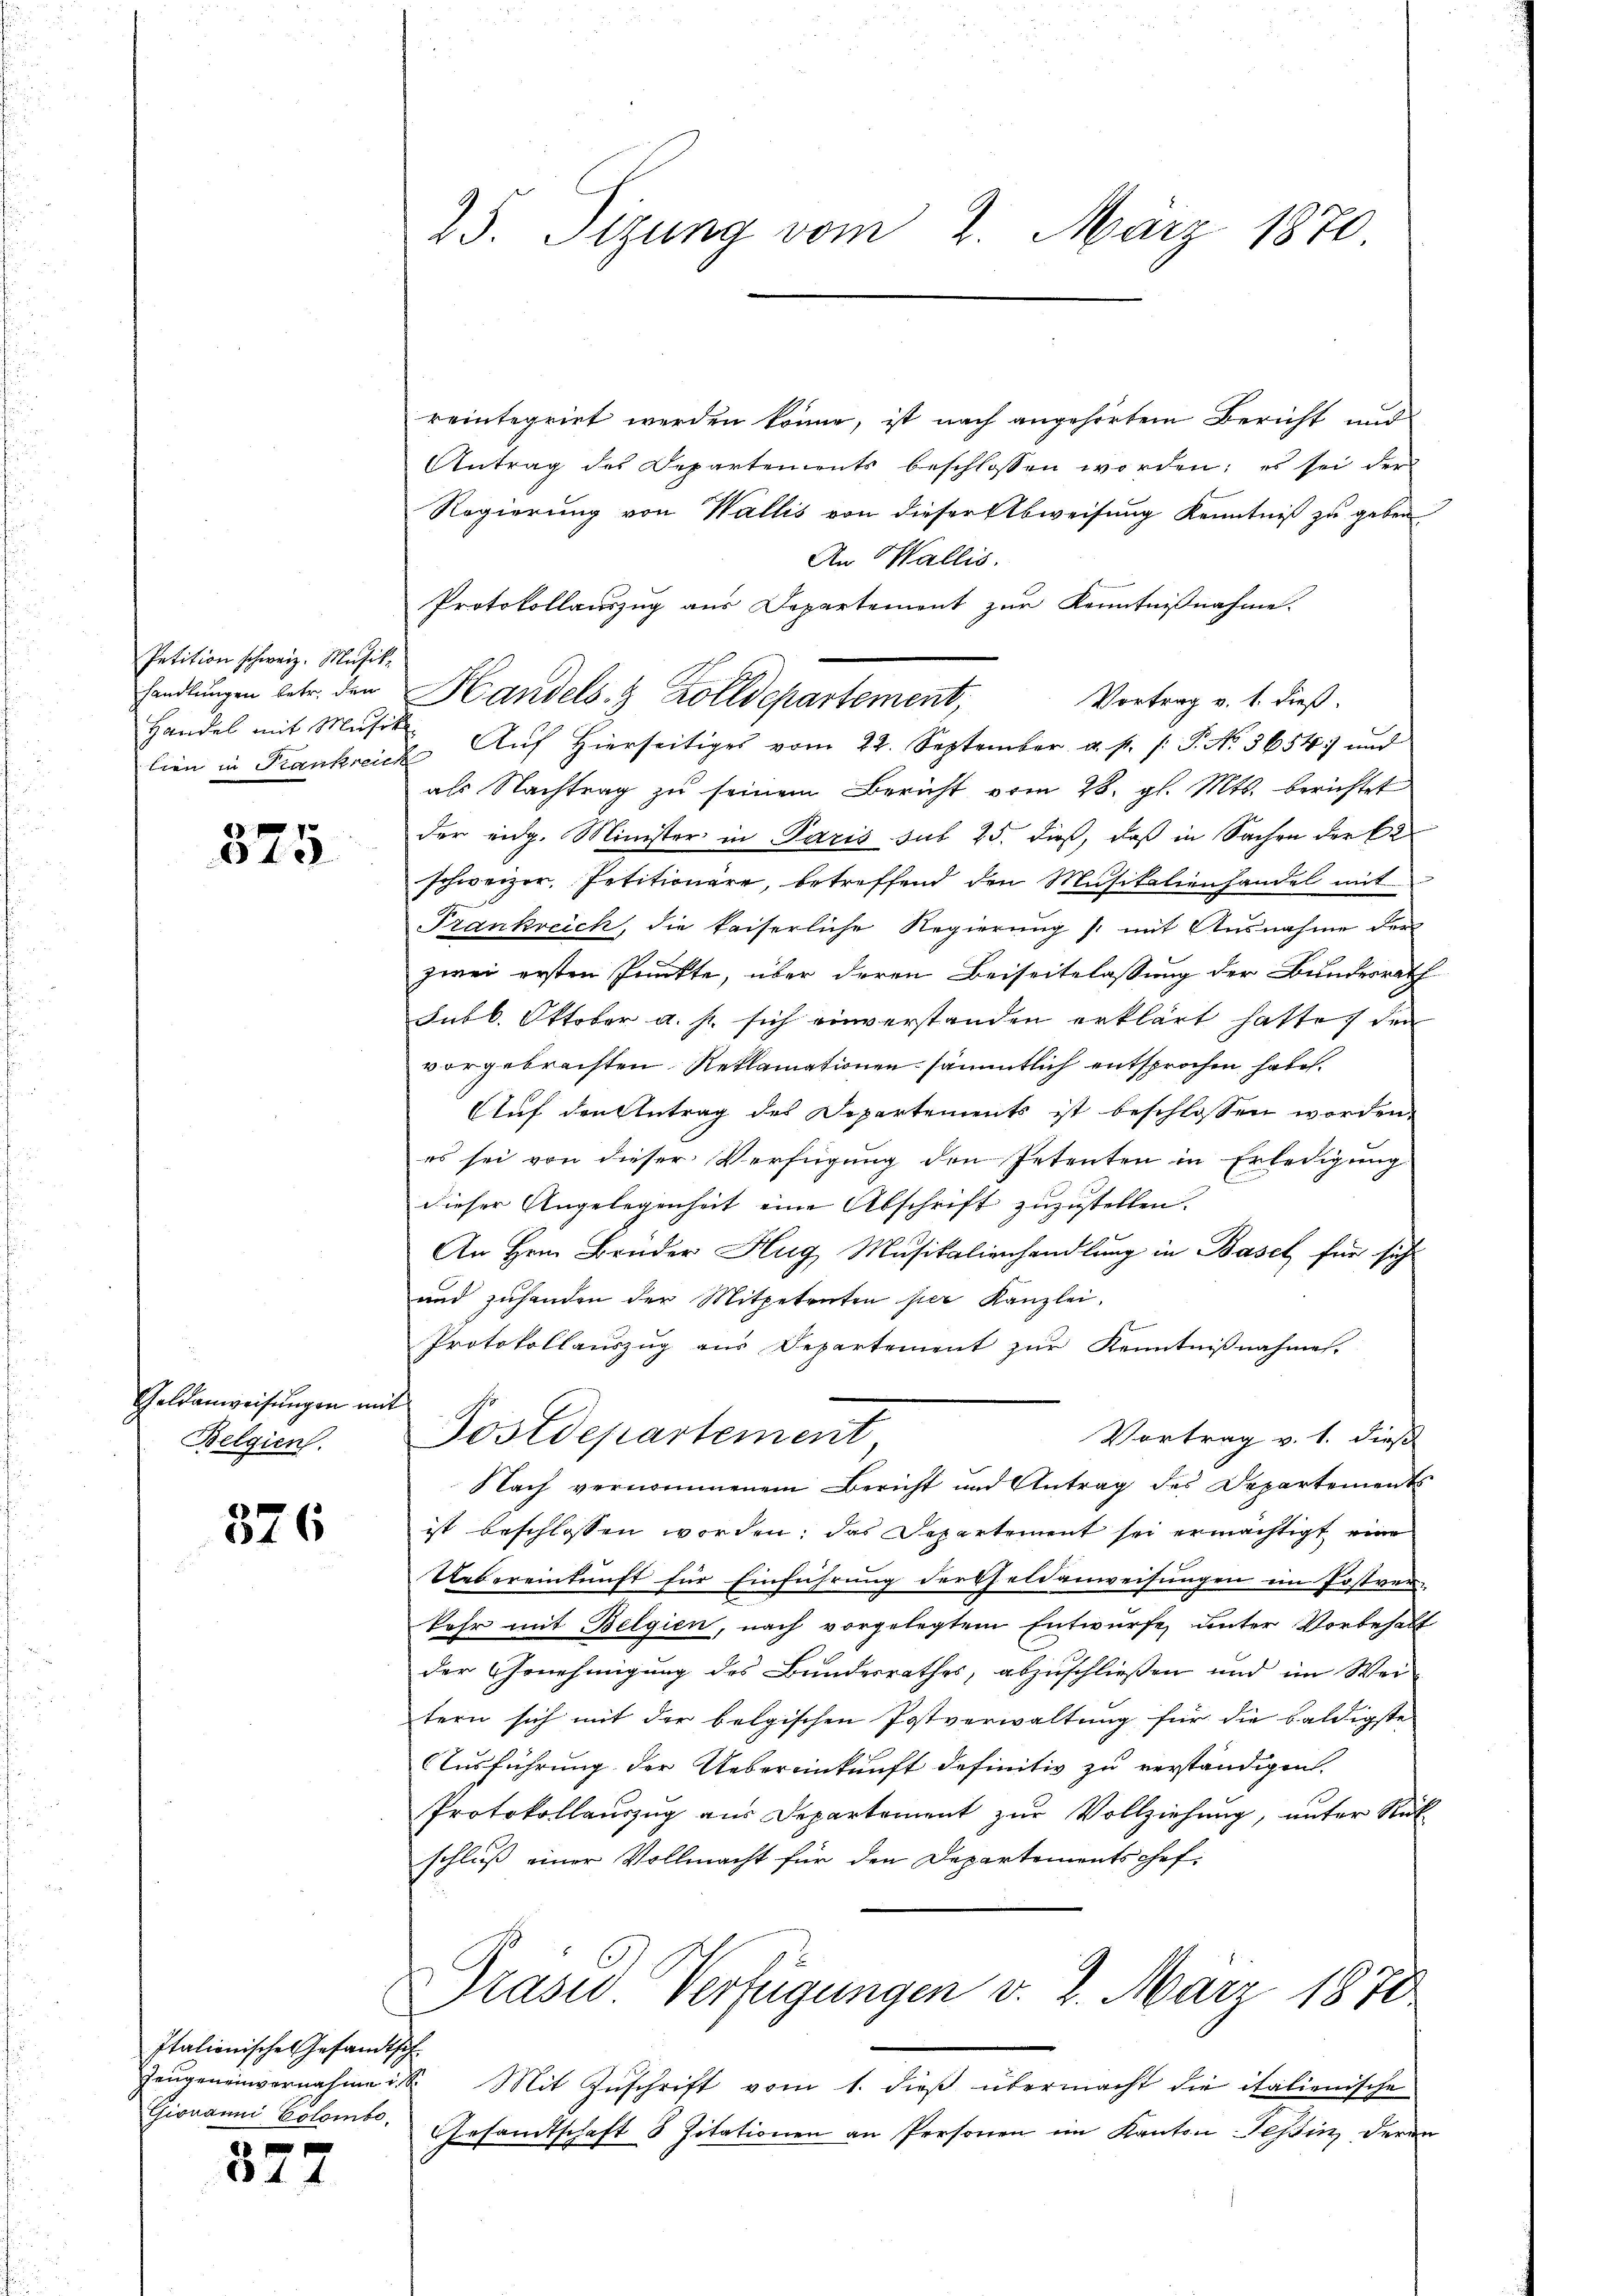
Petition schweiz. Musik
Handel mit Musik.

325

Geldanweisungen mit
Belgien.

6
316

reintegrirt werden könne, ist nach angehörtem Bericht und
Antrag des Departements beschlossen worden; es sei der
Regierung von Wallis von dieser Abweisung Kenntniß zu geben
An Wallis.
handlŭngen betr. den Handels- & Zolldepartement,
Vortrag v. 1. dieß.
lien in Frankreich Auf hierseitiges vom 22. September. a. p. /: P. No. 5654 und
als Nachtrag zu seinem Bericht vom 28. gl. Mts. berichtet
der eidg. Minister in Paris sub 25. dieß, daß in Sachen der C
schweizer, Petitionare, betreffend den Musikalienhandel mit
Frankreich, die kaiserliche Regierŭng /: mit Ausnahme der
1
zwei ersten Punkte, über deren Beiseitslassung der Bundesrath
Fnbl. Oktober a. p. sich einverstanden erklärt hatte, den
vorgebrachten Reklamationen sämmtlich entsprochen haben.
Auf den Antrag des Departements ist beschlossen worden,
es sei von dieser Verfügung den Petenten in Erledigung
dieser Angelegenheit eine Abschrift zuzustellen.
An Hrn. Brüder Hug Musikalienhandlung in Basel für sich
und zuhanden der Mitgetreten per Kanzlei.
Protokollauszug aus Departement zur Kenntnißnahmes
Postdepartement
Vortrag v. 1. dieß
Nach vernommenem Bericht und Antrag des Departements
ist beschlossen worden, das Departement sei ermächtigt eine
Uebereinkunft für Einführung dersfeldanweisungen im Postver-
kehr mit Belgien, nach vorgelegtem Entwurfe unter Vorbehalt
der Genehmigung des Bundesrathes, abzuschließen und im Wei
tern sich mit der belgischen Postverwaltung für die baldigste
Ausführung der Uebereinkunft definitiv zu verständigen.
Protokollaŭszŭg aŭs Departement zŭr Vollziehŭng ŭnter Rück-
schluß einer Vollmacht für den Departementschef.
Drase Verfügungen v. 2. März 1870

Italionische Gesandtsch
Giovanni Colombo

377

25. Sizung vom 2. März 1870.

Protokollauszug aus Departement zur Kenntnißnahme.

Zeŭgen einvernahme ist. Mit Zŭschrift vom 1. dieβ übermacht die italienische
Gesamtschaft 5 Zitationen an Personen im Kanton Tessin, deren